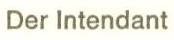
Der Intendant